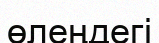
өлеңдегі